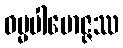
ဓမ္မပါမောဇ္ဇဿ